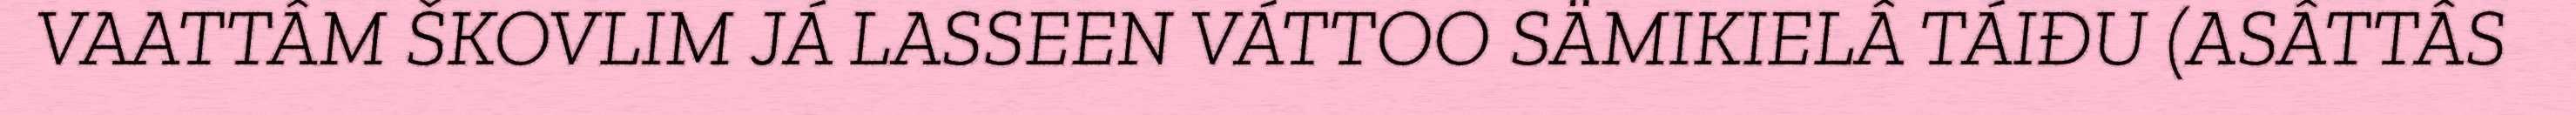
VAATTÂM ŠKOVLIM JÁ LASSEEN VÁTTOO SÄMIKIELÂ TÁIĐU (ASÂTTÂS